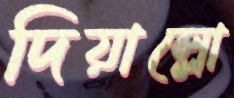
দিয়াল্লো